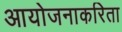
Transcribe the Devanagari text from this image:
आयोजनाकरिता